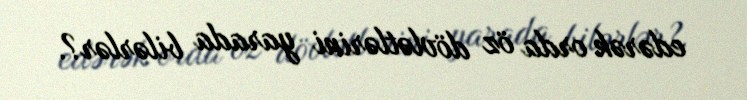
edərək orda öz dövlətlərini yarada bilərlər?.